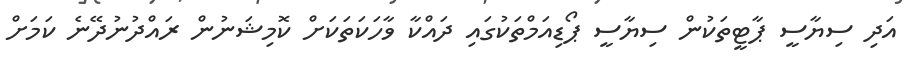
އަދި ސިޔާސީ ޕާޓީތަކުން ސިޔާސީ ޕޯޑިއަމްތަކުގައި ދައްކާ ވާހަކަތަކަށް ކޮމިޝަނުން ރައްދުނުދޭނެ ކަމަށް